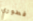
فطوري